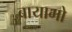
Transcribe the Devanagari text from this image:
बायामो